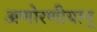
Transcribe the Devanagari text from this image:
अणोरणीयान्‌